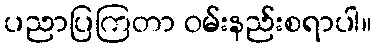
ပညာပြကြတာ ဝမ်းနည်းစရာပါ။